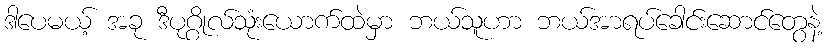
ဒါပေမယ့် အခု ဒီပုဂ္ဂိုလ်သုံးယောက်ထဲမှာ ဘယ်သူဟာ ဘယ်အာရပ်ခေါင်းဆောင်တွေနဲ့